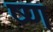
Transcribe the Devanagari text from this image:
ष्ण